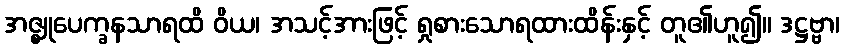
အဇ္ဈုပေက္ခနသာရထိ ဝိယ၊ အသင့်အားဖြင့် ရှုစားသောရထားထိန်းနှင့် တူ၏ဟူ၍။ ဒဋ္ဌဗ္ဗာ၊